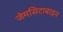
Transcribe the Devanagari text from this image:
जेमसिटाबाइन